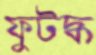
ফুটদ্ধ